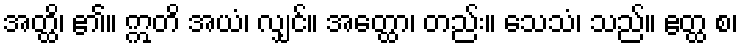
အတ္ထိ၊ ၏။ ဣတိ အယံ၊ လျှင်။ အတ္ထော၊ တည်း။ သေသံ၊ သည်။ ဧတ္ထ စ၊